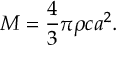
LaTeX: M = { \frac { 4 } { 3 } } \pi \rho c a ^ { 2 } .